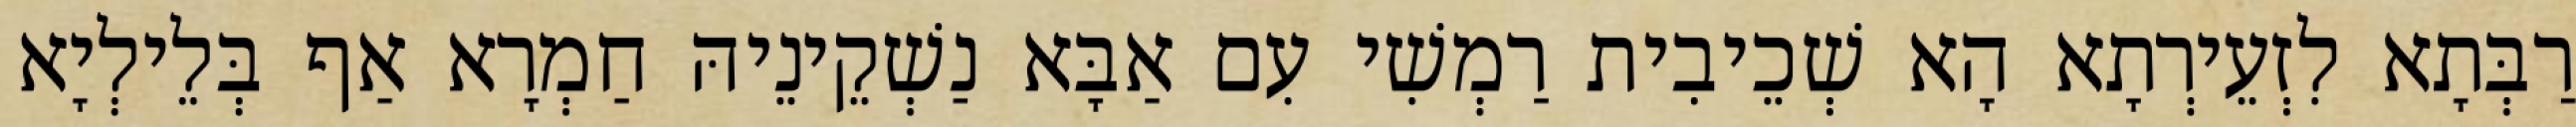
רַבְּתָא לִזְעֵירְתָא הָא שְׁכֵיבִית רַמְשִׁי עִם אַבָּא נַשְׁקֵינֵיהּ חַמְרָא אַף בְּלֵילְיָא